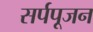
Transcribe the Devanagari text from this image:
सर्पपूजन